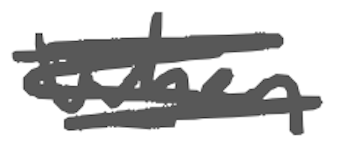
Text: when
Cross-out: scratch
Writing tool: digital_gray